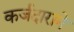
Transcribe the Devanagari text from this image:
कर्जदाराने